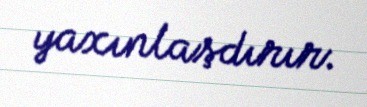
yaxınlaşdırır.